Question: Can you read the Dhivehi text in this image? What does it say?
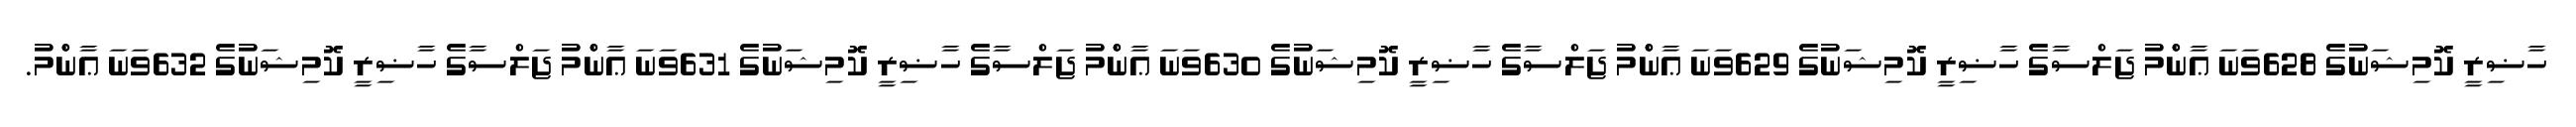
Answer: ހާޟިރީ ކޮމިޝަނުގެ 628ވަނަ ޢާންްމު ޖަލްސާގެ ހާޟިރީ ކޮމިޝަނުގެ 629ވަނަ ޢާންްމު ޖަލްސާގެ ހާޟިރީ ކޮމިޝަނުގެ 630ވަނަ ޢާންްމު ޖަލްސާގެ ހާޟިރީ ކޮމިޝަނުގެ 631ވަނަ ޢާންްމު ޖަލްސާގެ ހާޟިރީ ކޮމިޝަނުގެ 632ވަނަ ޢާންްމު.